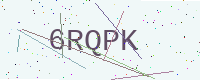
Text: 6RQPK